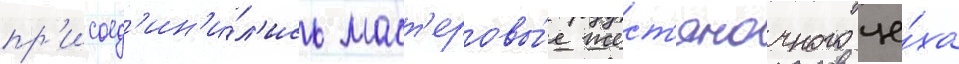
пр'исоед'ин'и́л'ись маст'еровы́е жест'яночного це́ха